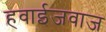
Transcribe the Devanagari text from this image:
हवाईजवाज